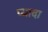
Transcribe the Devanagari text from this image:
प्‍यादा